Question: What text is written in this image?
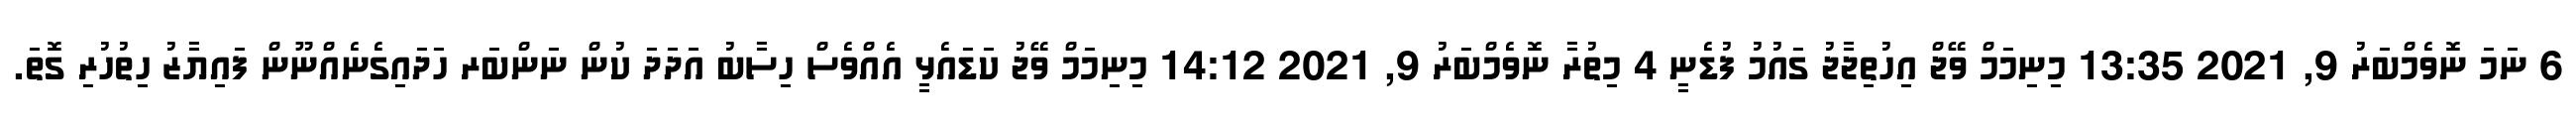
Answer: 6 ނަމަ ނޮވެމްބަރު 9, 2021 13:35 މިނިމަމް ވޭޖް އިހުތިޖާޖު ގައުމު ފުޑެނީ 4 މިތުރާ ނޮވެމްބަރު 9, 2021 14:12 މިނިމަމް ވޭޖު ކަޑައެޅީ އެއްވެސް ހިސާބު އަދަދަ ކުން ނަންބަރ ހަދައިގެނެއްނޫން ފައިޔާޒު ހިތުހުރި ގޮތަ.